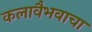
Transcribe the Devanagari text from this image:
कलावैभवाचा